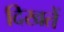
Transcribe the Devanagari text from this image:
दिखतें